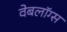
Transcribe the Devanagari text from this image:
वेबलॉग्स